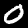
Label: 0